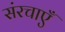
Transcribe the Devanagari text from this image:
संरचाएँ